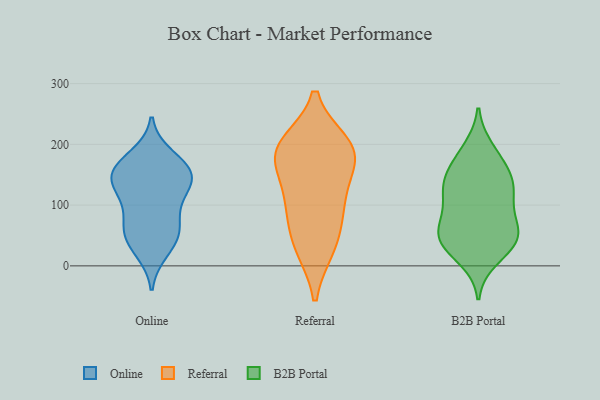
{"axis": {"x": "Website Visitors", "y": "Value"}, "legend": ["B2B Portal", "Online", "Referral"], "data": [{"x": "", "y": 25, "type": "Online"}, {"x": "", "y": 158, "type": "Online"}, {"x": "", "y": 109, "type": "Online"}, {"x": "", "y": 58, "type": "Online"}, {"x": "", "y": 140, "type": "Online"}, {"x": "", "y": 62, "type": "Online"}, {"x": "", "y": 163, "type": "Online"}, {"x": "", "y": 39, "type": "Online"}, {"x": "", "y": 63, "type": "Online"}, {"x": "", "y": 108, "type": "Online"}, {"x": "", "y": 147, "type": "Online"}, {"x": "", "y": 180, "type": "Online"}, {"x": "", "y": 139, "type": "Online"}, {"x": "", "y": 153, "type": "Online"}, {"x": "", "y": 31, "type": "Referral"}, {"x": "", "y": 199, "type": "Referral"}, {"x": "", "y": 189, "type": "Referral"}, {"x": "", "y": 118, "type": "Referral"}, {"x": "", "y": 107, "type": "Referral"}, {"x": "", "y": 180, "type": "Referral"}, {"x": "", "y": 82, "type": "Referral"}, {"x": "", "y": 34, "type": "Referral"}, {"x": "", "y": 182, "type": "Referral"}, {"x": "", "y": 189, "type": "Referral"}, {"x": "", "y": 192, "type": "B2B Portal"}, {"x": "", "y": 35, "type": "B2B Portal"}, {"x": "", "y": 76, "type": "B2B Portal"}, {"x": "", "y": 181, "type": "B2B Portal"}, {"x": "", "y": 37, "type": "B2B Portal"}, {"x": "", "y": 122, "type": "B2B Portal"}, {"x": "", "y": 142, "type": "B2B Portal"}, {"x": "", "y": 53, "type": "B2B Portal"}, {"x": "", "y": 158, "type": "B2B Portal"}, {"x": "", "y": 128, "type": "B2B Portal"}, {"x": "", "y": 12, "type": "B2B Portal"}, {"x": "", "y": 54, "type": "B2B Portal"}, {"x": "", "y": 115, "type": "B2B Portal"}, {"x": "", "y": 51, "type": "B2B Portal"}, {"x": "", "y": 90, "type": "B2B Portal"}, {"x": "", "y": 42, "type": "B2B Portal"}, {"x": "", "y": 141, "type": "B2B Portal"}]}